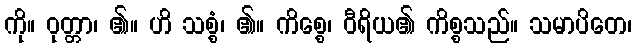
ကို။ ဝုတ္တာ၊ ၏။ ဟိ သစ္စံ၊ ၏။ ကိစ္စေ၊ ဝီရိယ၏ ကိစ္စသည်။ သမာပိတေ၊